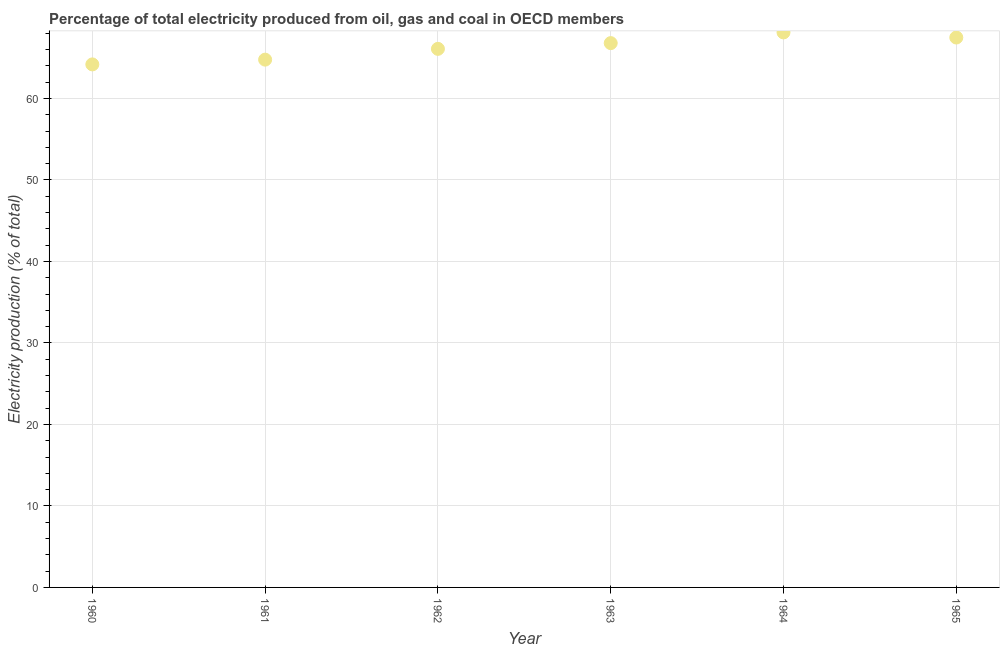
| Year | Electricity production |
 | --- | --- |
 | 1960 | 64.2 |
 | 1961 | 64.8 |
 | 1962 | 66.1 |
 | 1963 | 66.8 |
 | 1964 | 68.1 |
 | 1965 | 67.5 |